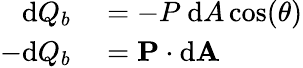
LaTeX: \begin{array}{rl}{\mathrm{d}Q_{b}}&{{}=-P\ \mathrm{d}A\cos(\theta)}\\ {-\mathrm{d}Q_{b}}&{{}=\mathbf{P}\cdot\mathrm{d}\mathbf{A}}\end{array}